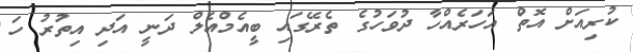
ކުރިއަށް އޮތް އަހަރެއްހާ ދުވަހުގެ ތެރޭގައި ބީއެމްއެލް ދަނީ އަދި އިތުރު ހަ